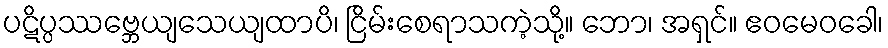
ပဋိပ္ပဿဗ္ဘေယျသေယျထာပိ၊ ငြိမ်းစေရာသကဲ့သို့။ ဘော၊ အရှင်။ ဧဝမေဝခေါ၊